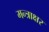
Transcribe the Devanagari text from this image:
मन्त्राक्षर